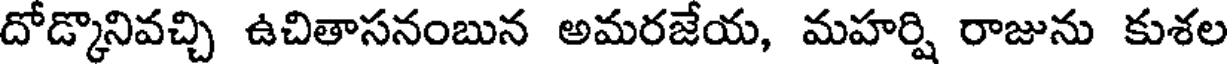
దోడ్కొనివచ్చి ఉచితాసనంబున అమరజేయ, మహర్షి రాజును కుశల